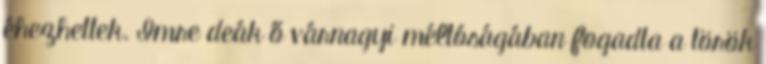
éhezhettek. Imre deák ő várnagyi méltóságában fogadta a török